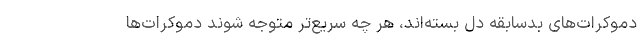
دموکرات‌های بدسابقه دل بسته‌اند، هر چه سریع‌تر متوجه شوند دموکرات‌ها